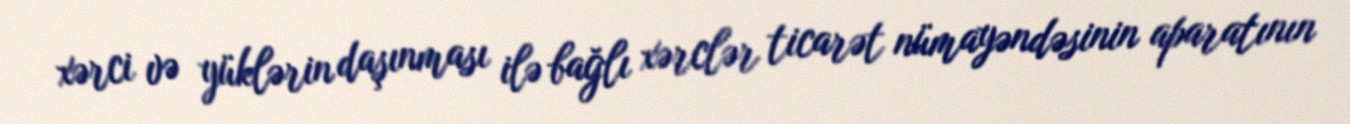
xərci və yüklərin daşınması ilə bağlı xərclər ticarət nümayəndəsinin aparatının